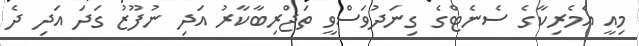
މިއީ އެމެރިކާގެ ސެނެޓްގެ ގިނަދުވަސްވީ ތަޖްރިބާކާރު އަދި ނުފޫޒު ގަދަ އަދި ދެ